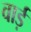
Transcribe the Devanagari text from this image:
वार्ड़